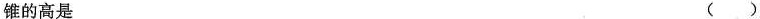
锥的高是 ( )